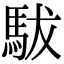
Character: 䮂